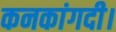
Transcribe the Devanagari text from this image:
कनकांगदी।